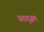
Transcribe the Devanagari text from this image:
स्नायुजल